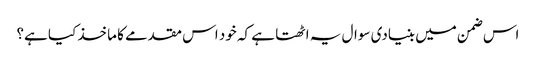
اس ضمن میں بنیادی سوال یہ اٹھتا ہے کہ خود اس مقدمے کا ماخذ کیا ہے؟